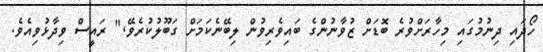
ހޯދައި ދިނުމުގައި މިހާރަށްވުރެ ބޮޑަށް ޒުވާނުންގެ ބައިވެރިވުން ލިބޭނެކަމަށް ގަބޫލުކުރެވޭ